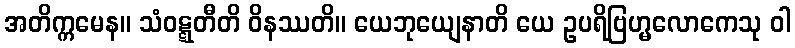
အတိက္ကမေန။ သံဝဋ္ဋတီတိ ဝိနဿတိ။ ယေဘုယျေနာတိ ယေ ဥပရိဗြဟ္မလောကေသု ဝါ